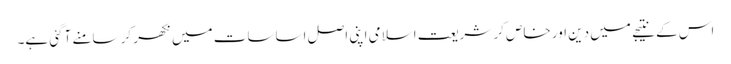
اس کے نتیجے میں دین اور خاص کر شریعت اسلامی اپنی اصل اساسات میں نکھر کر سامنے آگئی ہے۔